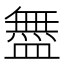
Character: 𬐳